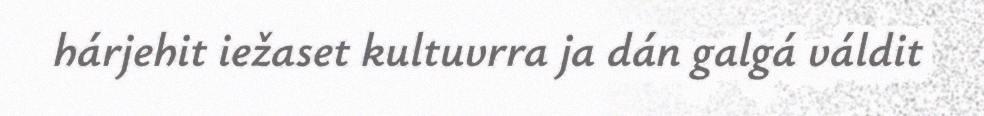
hárjehit iežaset kultuvrra ja dán galgá váldit